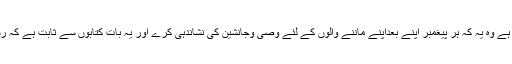
لہذا کسی وصی کے نام کا قرآن میں نہ ہونا اس کے وصی نہ ہونے پر دلیل نہیں ہے بلکہ جوضروری ہے وہ یہ کہ ہر پیغمبر اپنے بعداپنے ماننے والوں کے لئے وصی وجانشین کی نشاندہی کرے اور یہ بات کتابوں سے ثابت ہے کہ رسول خدا صلی اللہ علیہ و آلہ نے متعدد موقعوں پر حضرت علی کی خلافت و وصایت کو بیان کیا ہے ۔